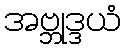
အဗ္ဘုဒ္ဒယံ